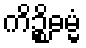
ကိဉ္စိဓမ္မံ